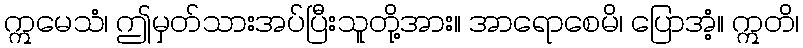
ဣမေသံ၊ ဤမှတ်သားအပ်ပြီးသူတို့အား။ အာရောစေမိ၊ ပြောအံ့။ ဣတိ၊